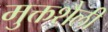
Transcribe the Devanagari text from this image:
मुक्तशैली